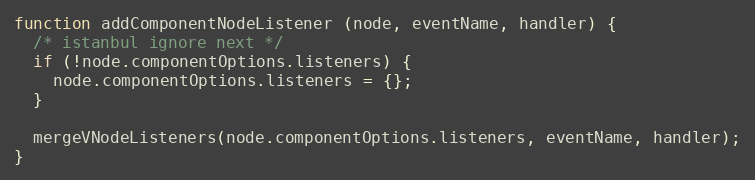
Language: JavaScript
function addComponentNodeListener (node, eventName, handler) {
  /* istanbul ignore next */
  if (!node.componentOptions.listeners) {
    node.componentOptions.listeners = {};
  }

  mergeVNodeListeners(node.componentOptions.listeners, eventName, handler);
}